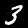
Label: 3